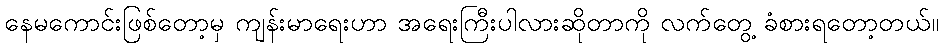
နေမကောင်းဖြစ်တော့မှ ကျန်းမာရေးဟာ အရေးကြီးပါလားဆိုတာကို လက်တွေ့ ခံစားရတော့တယ်။